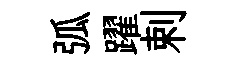
弧躍剌